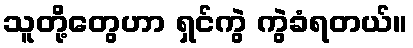
သူတို့တွေဟာ ရှင်ကွဲ ကွဲခံရတယ်။